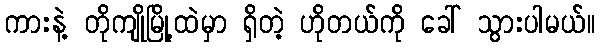
ကားနဲ့ တိုကျိုမြို့ထဲမှာ ရှိတဲ့ ဟိုတယ်ကို ခေါ် သွားပါမယ်။